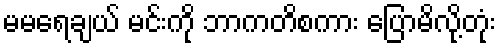
မမရေချယ် မင်းကို ဘာကတိစကား ပြောမိလို့တုံး